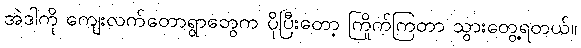
အဲဒါကို ကျေးလက်တောရွာတွေက ပိုပြီးတော့ ကြိုက်ကြတာ သွားတွေ့ရတယ်။